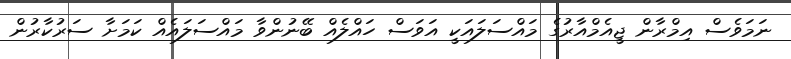
ނަމަވެސް އިމްރާން ޖީއެމްއާރުގެ މައްސަލައަކީ އަވަސް ހައްލެއް ބޭނުންވާ މައްސަލައެއް ކަމަށާ ސަރުކާރުން